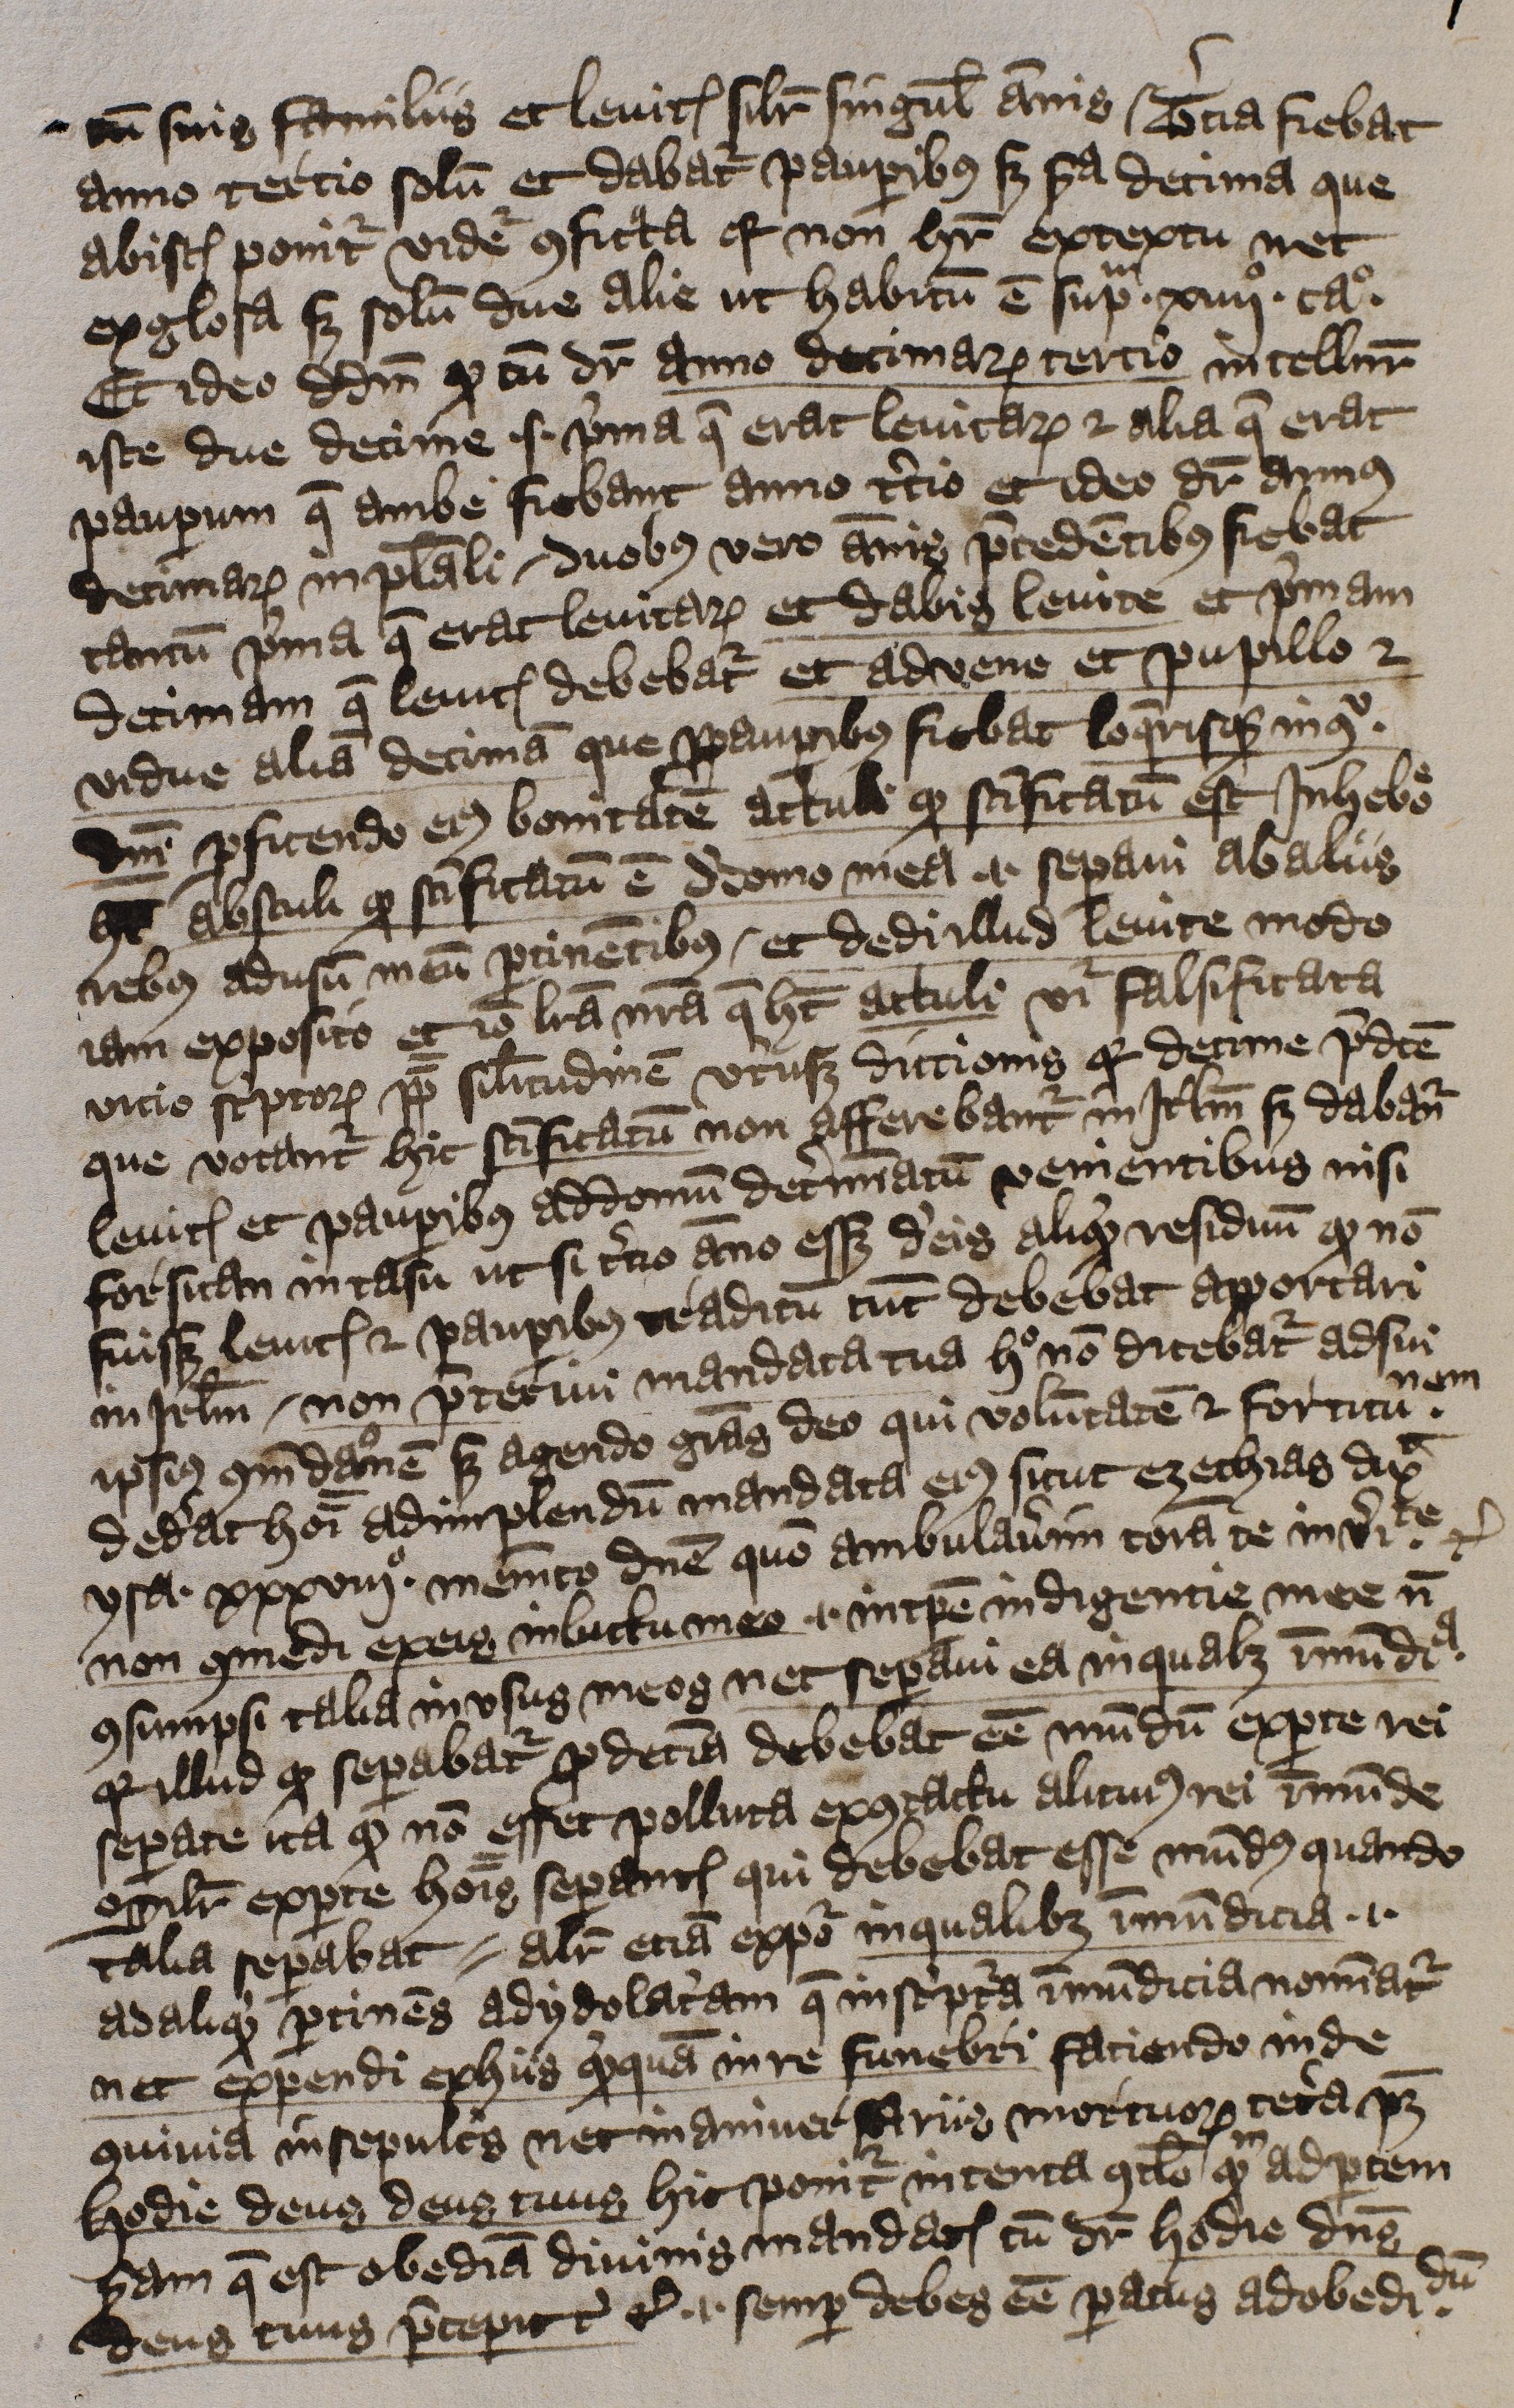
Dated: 1397–1397